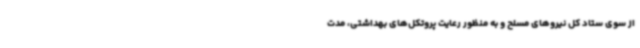
از سوی ستاد کل نیروهای مسلح و به منظور رعایت پروتکل‌های بهداشتی، مدت